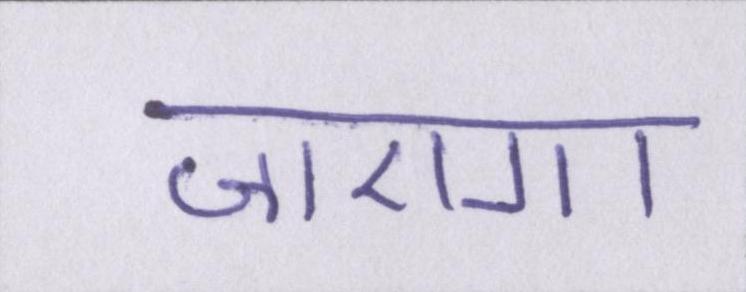
जाएगा